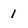
Character: 1